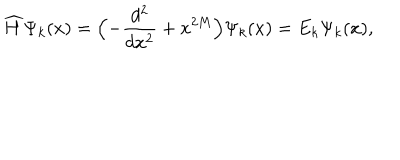
\widehat { H } \Psi _ { k } ( x ) = \Bigl ( - \frac { d ^ { 2 } } { d x ^ { 2 } } + x ^ { 2 M } \Bigr ) \Psi _ { k } ( x ) = E _ { k } \Psi _ { k } ( x ) ,